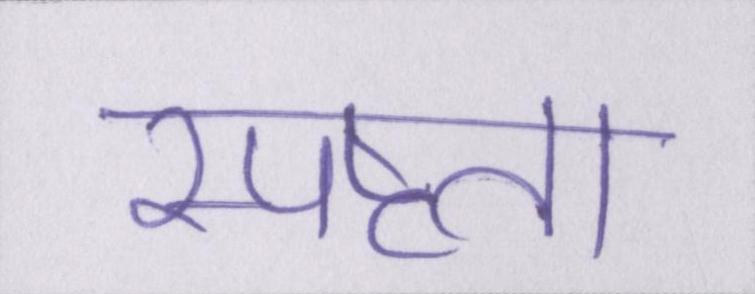
स्पष्टता